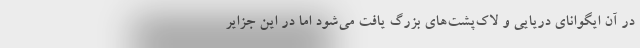
در آن ایگوانای دریایی و لاک‌پشت‌های بزرگ یافت می‌شود اما در این جزایر